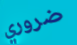
ضروري